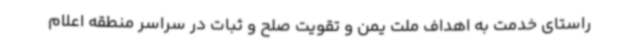
راستای خدمت به اهداف ملت یمن و تقویت صلح و ثبات در سراسر منطقه اعلام